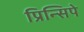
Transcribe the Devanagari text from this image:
प्रिन्सिपे